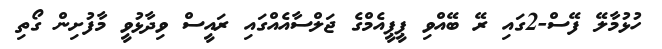
ހުޅުމާލޭ ފޭސް-2ގައި ރޭ ބޭއްވި ޕީޕީއެމްގެ ޖަލްސާއެއްގައި ރައީސް ވިދާޅުވީ މާފުށިން ގޯތި